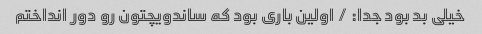
خیلی بد بود جدا: / اولین باری بود که ساندویچتون رو دور انداختم